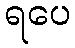
ရပေ